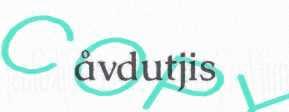
åvdutjis